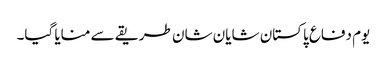
یوم دفاع پاکستان شایان شان طریقے سے منایا گیا۔